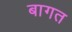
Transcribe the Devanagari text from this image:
बागत